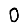
Digit: 0